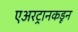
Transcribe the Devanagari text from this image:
एअरट्रानकडून